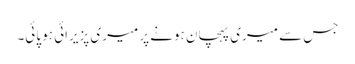
جس سے میری پہچان ہونے پر میری پزیرائی ہو پائی۔